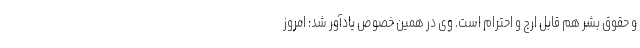
و حقوق بشر هم قابل ارج و احترام است. وی در همین خصوص یادآور شد: امروز